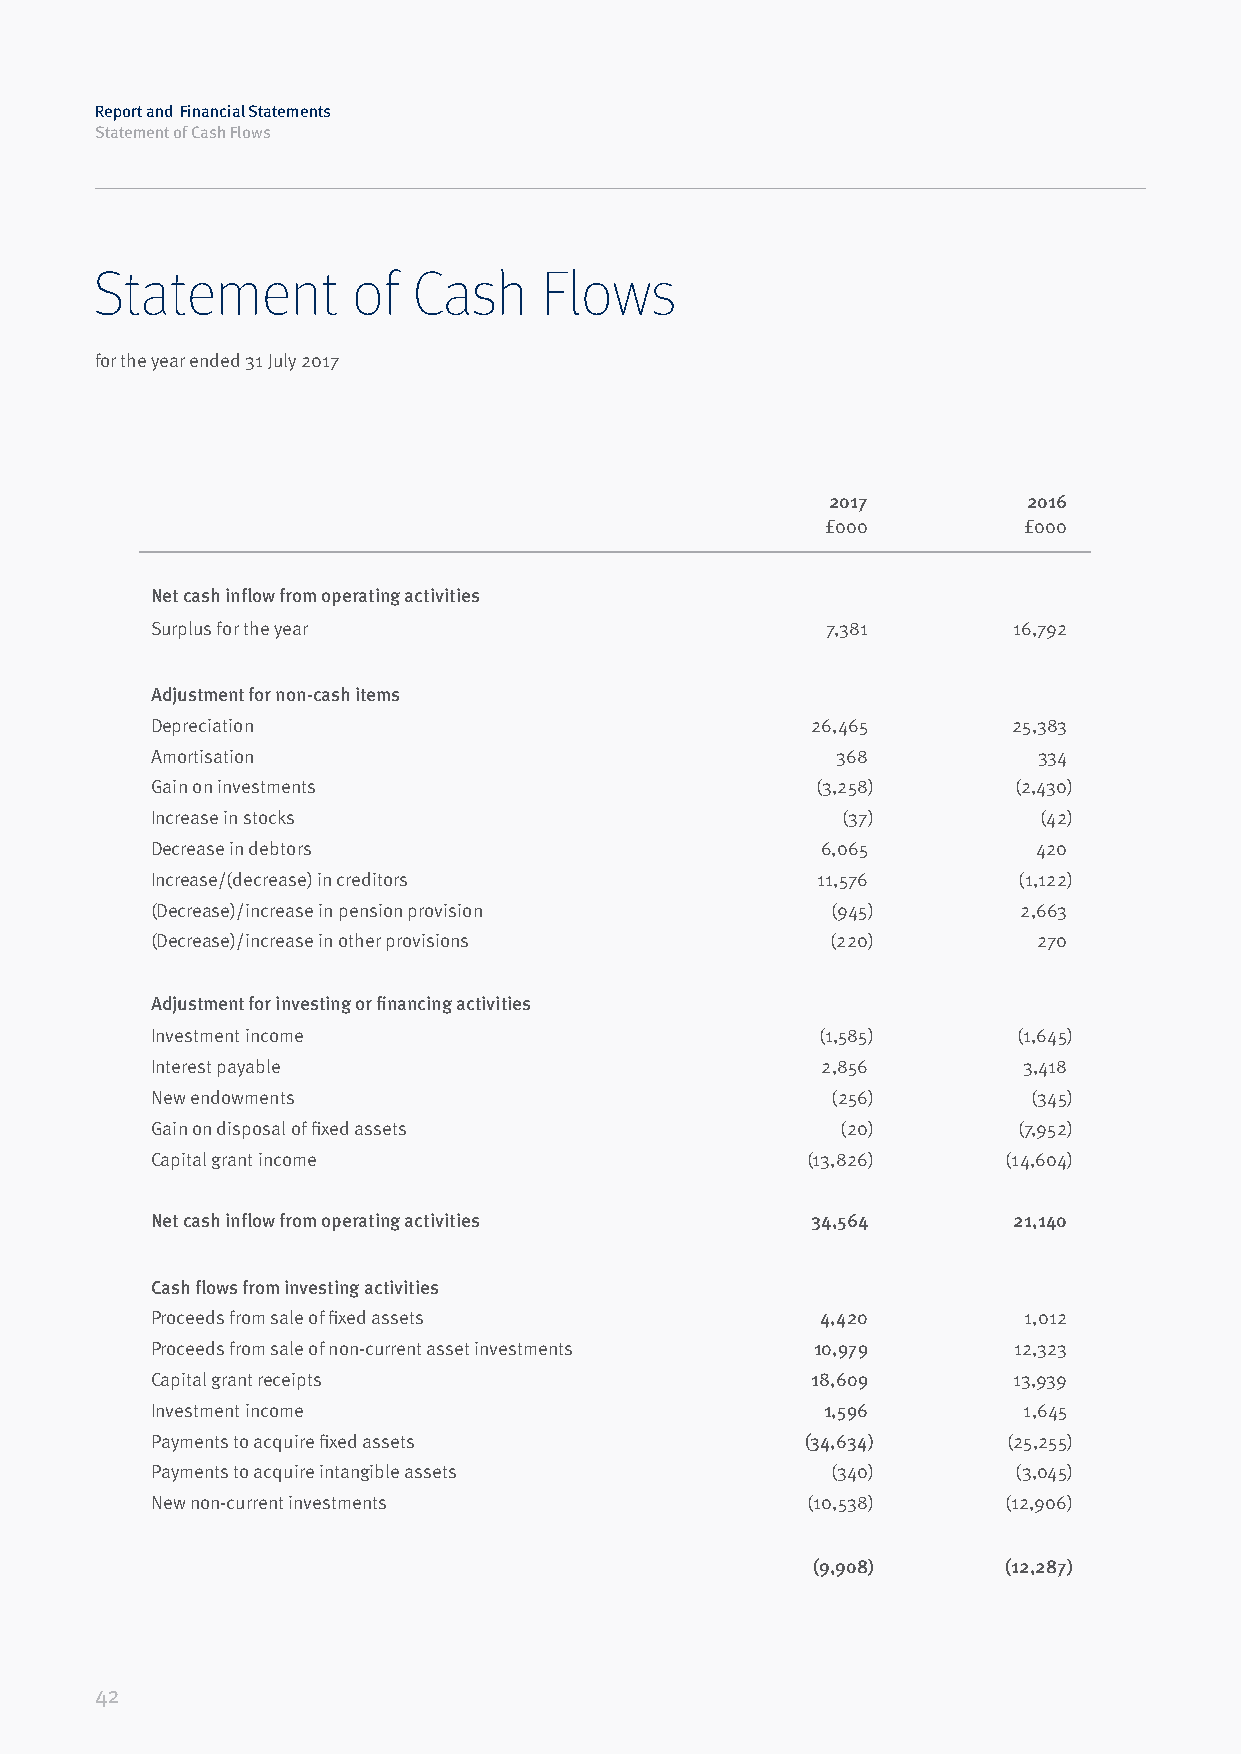
Report and Financial Statements
 Statement of Cash Flows
 Statement        of  Cash     Flows
 for the year ended 31 July 2017
 2017         2016
 £000         £000
 Net cash inflow from operating activities
 Surplus for the year                         7,381       16,792
 Adjustment for non-cash items
 Depreciation                                26,465       25,383
 Amortisation                                 368           334
 Gain on investments                         (3,258)      (2,430)
 Increase in stocks                            (37)         (42)
 Decrease in debtors                         6,065          420
 Increase/(decrease) in creditors            11,576       (1,122)
 (Decrease)/increase in pension provision     (945)        2,663
 (Decrease)/increase in other provisions      (220)         270
 Adjustment for investing or financing activities
 Investment income                           (1,585)      (1,645)
 Interest payable                            2,856         3,418
 New endowments                               (256)        (345)
 Gain on disposal of fixed assets              (20)       (7,952)
 Capital grant income                       (13,826)      (14,604)
 Net cash inflow from operating activities   34,564       21,140
 Cash flows from investing activities
 Proceeds from sale of fixed assets          4,420         1,012
 Proceeds from sale of non-current asset investments 10,979 12,323
 Capital grant receipts                      18,609       13,939
 Investment income                           1,596         1,645
 Payments to acquire fixed assets           (34,634)      (25,255)
 Payments to acquire intangible assets        (340)       (3,045)
 New non-current investments                (10,538)     (12,906)
 (9,908)      (12,287)
 42